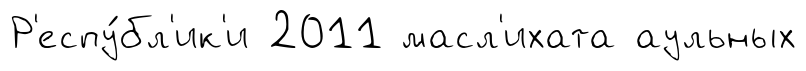
Р'еспу́бл'ик'и 2011 масл'ихата аульных